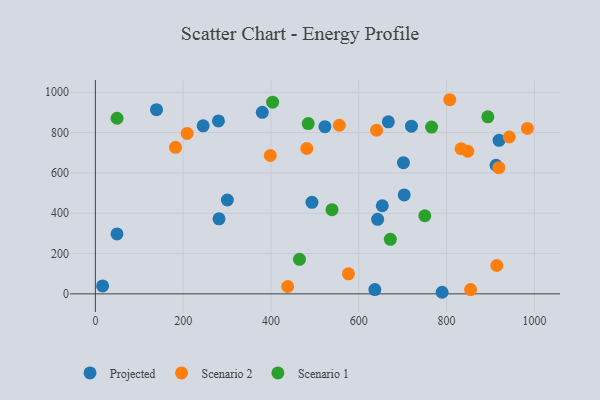
{"axis": {"x": "Price", "y": "Rating"}, "legend": ["Projected", "Scenario 1", "Scenario 2"], "data": [{"x": "912.7", "y": 638.0, "type": "Projected"}, {"x": "789.8", "y": 7.8, "type": "Projected"}, {"x": "636.6", "y": 21.2, "type": "Projected"}, {"x": "49.3", "y": 297.1, "type": "Projected"}, {"x": "245.4", "y": 833.4, "type": "Projected"}, {"x": "642.9", "y": 369.6, "type": "Projected"}, {"x": "703.4", "y": 490.5, "type": "Projected"}, {"x": "281.6", "y": 372.0, "type": "Projected"}, {"x": "919.5", "y": 761.4, "type": "Projected"}, {"x": "139.2", "y": 913.4, "type": "Projected"}, {"x": "300.6", "y": 465.6, "type": "Projected"}, {"x": "653.5", "y": 437.0, "type": "Projected"}, {"x": "701.7", "y": 650.6, "type": "Projected"}, {"x": "380.2", "y": 900.2, "type": "Projected"}, {"x": "280.3", "y": 857.9, "type": "Projected"}, {"x": "16.5", "y": 39.5, "type": "Projected"}, {"x": "667.3", "y": 853.1, "type": "Projected"}, {"x": "493.3", "y": 453.9, "type": "Projected"}, {"x": "522.8", "y": 829.3, "type": "Projected"}, {"x": "720.0", "y": 831.9, "type": "Projected"}, {"x": "209.1", "y": 795.5, "type": "Scenario 2"}, {"x": "576.4", "y": 99.5, "type": "Scenario 2"}, {"x": "807.2", "y": 962.9, "type": "Scenario 2"}, {"x": "640.5", "y": 811.5, "type": "Scenario 2"}, {"x": "914.4", "y": 140.6, "type": "Scenario 2"}, {"x": "398.4", "y": 686.3, "type": "Scenario 2"}, {"x": "481.6", "y": 720.9, "type": "Scenario 2"}, {"x": "984.0", "y": 820.7, "type": "Scenario 2"}, {"x": "854.6", "y": 21.2, "type": "Scenario 2"}, {"x": "555.7", "y": 836.2, "type": "Scenario 2"}, {"x": "832.9", "y": 719.6, "type": "Scenario 2"}, {"x": "848.3", "y": 707.2, "type": "Scenario 2"}, {"x": "182.5", "y": 726.7, "type": "Scenario 2"}, {"x": "919.0", "y": 625.7, "type": "Scenario 2"}, {"x": "942.8", "y": 777.9, "type": "Scenario 2"}, {"x": "438.0", "y": 36.4, "type": "Scenario 2"}, {"x": "894.0", "y": 878.1, "type": "Scenario 1"}, {"x": "49.4", "y": 871.1, "type": "Scenario 1"}, {"x": "403.7", "y": 950.8, "type": "Scenario 1"}, {"x": "765.8", "y": 827.2, "type": "Scenario 1"}, {"x": "539.0", "y": 417.7, "type": "Scenario 1"}, {"x": "671.9", "y": 270.5, "type": "Scenario 1"}, {"x": "484.8", "y": 844.7, "type": "Scenario 1"}, {"x": "464.9", "y": 171.3, "type": "Scenario 1"}, {"x": "750.4", "y": 387.3, "type": "Scenario 1"}]}